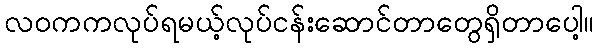
လဝကကလုပ်ရမယ့်လုပ်ငန်းဆောင်တာတွေရှိတာပေါ့။